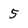
Character: 5